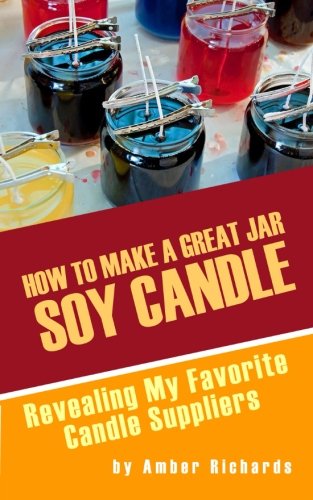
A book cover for How to Make A Great Soy Jar Candle: Revealing My Favorite Candle Suppliers; Amber Richards; Crafts, Hobbies & Home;